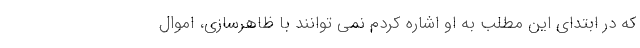
که در ابتدای این مطلب به او اشاره کردم نمی توانند با ظاهرسازی، اموال